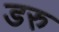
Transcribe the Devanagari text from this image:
डरु